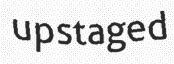
upstaged